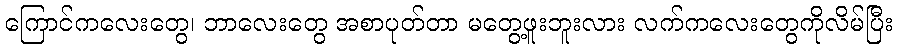
ကြောင်ကလေးတွေ၊ ဘာလေးတွေ အစာပုတ်တာ မတွေ့ဖူးဘူးလား လက်ကလေးတွေကိုလိမ်ပြီး